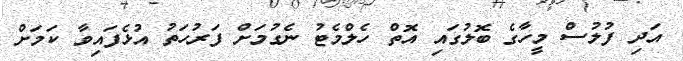
އަދި ފުލުސް މީހާގެ ބޮލުގައި އޮތް ހެލްމެޓު ނެގުމަށް ފަރުހަތު އުޅެފައިވާ ކަމަށް